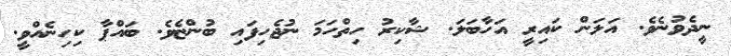
ނީދެވުނެވެ. އަލަން ކައިރީ އަހާބަލަ. ޝާކިރު ހިތްހަމަ ނުޖެހިފައި ބުންޏެވެ. ބައްޕާ ކިހިނެއްވީ.